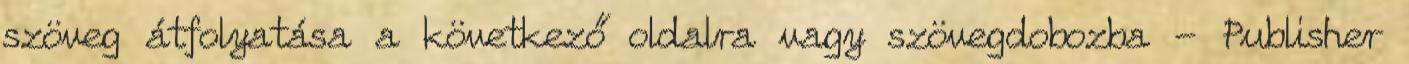
szöveg átfolyatása a következő oldalra vagy szövegdobozba - Publisher